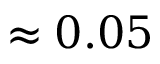
\approx 0 . 0 5